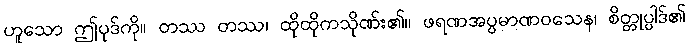
ဟူသော ဤပုဒ်ကို။ တဿ တဿ၊ ထိုထိုကသိုဏ်း၏။ ဖရဏအပ္ပမာဏဝသေန၊ စိတ္တုပ္ပါဒ်၏